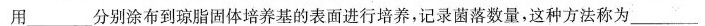
用___分别涂布到琼脂固体培养基的表面进行培养，记录菌落数量，这种方法称为___